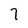
Character: 7